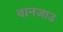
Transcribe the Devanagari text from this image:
वानजाउ